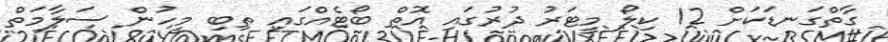
ގާތްގަނޑަކަށް 12 ކިލޯ މީޓަރު ދުރުގައި އޮތް ބޯޓެއްގައި ތިބި މީހުން ސަލާމަތް